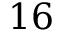
1 6